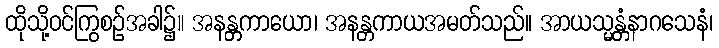
ထိုသို့ဝင်ကြွစဉ်အခါ၌။ အနန္တကာယော၊ အနန္တကာယအမတ်သည်။ အာယသ္မန္တံနာဂသေနံ၊